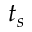
t _ { s }